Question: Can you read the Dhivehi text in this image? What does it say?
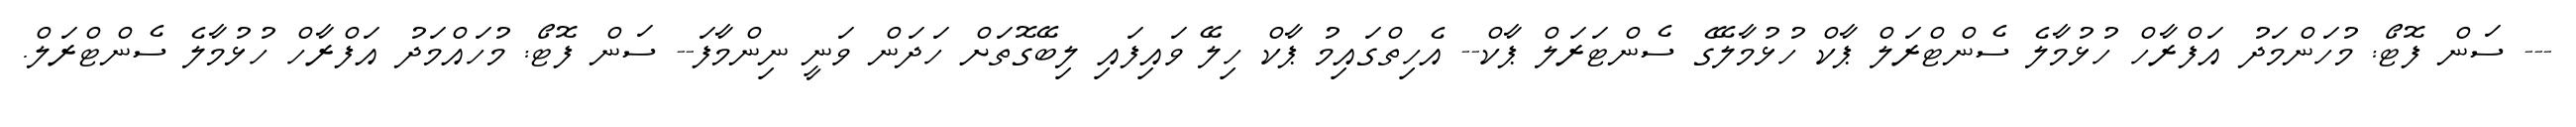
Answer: --- ސަން ފޮޓޯ: މުހަންމަދު އަފްރާހް ހުޅުމާލެ ސެންޓްރަލް ޕާކް ހުޅުމާލޭގެ ސެންޓަރަލް ޕާކް-- އެހިތްގައިމު ޕާކް ހިލޭ ވައިފައި ލިބޭގޮތަށް ހަދަން ވަނީ ނިންމާފަ-- ސަން ފޮޓޯ: މުހައްމަދު އަފްރާހް ހުޅުމާލެ ސެންޓްރަލް.